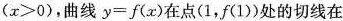
($$x>0$$)，曲线$$y=f(x)$$在点(1，f(1))处的切线在